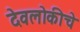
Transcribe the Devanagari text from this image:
देवलोकीचे